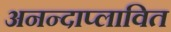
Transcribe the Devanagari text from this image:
अनन्दाप्लावित